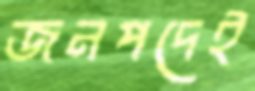
জনপদেই